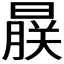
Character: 𬁨